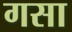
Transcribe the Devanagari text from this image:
गसा